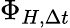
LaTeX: \Phi_{H,\Delta t}